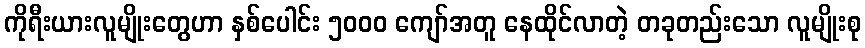
ကိုရီးယားလူမျိုးတွေဟာ နှစ်ပေါင်း ၅၀၀၀ ကျော်အတူ နေထိုင်လာတဲ့ တခုတည်းသော လူမျိုးစု